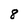
Character: 8